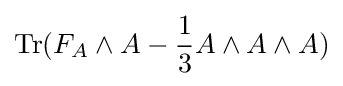
\operatorname {Tr} (F_{A}\wedge A-{\frac {1}{3}}A\wedge A\wedge A)